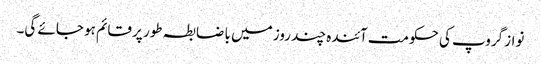
نواز گروپ کی حکومت آئندہ چند روز میں با ضابطہ طور پر قائم ہو جائے گی۔